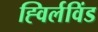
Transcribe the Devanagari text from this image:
ह्विर्लविंड